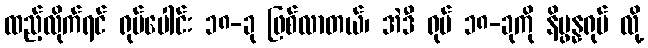
ထည့်လိုက်ရင် ရုပ်ပေါင်း ၁၈-ခု ဖြစ်လာတယ်၊ အဲဒီ ရုပ် ၁၈-ခုကို နိပ္ဖန္နရုပ် လို့